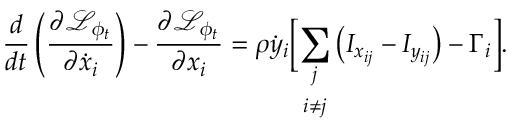
\frac { d } { d t } \left( \frac { \partial \mathcal { L } _ { \phi _ { t } } } { \partial \dot { x } _ { i } } \right) - \frac { \partial \mathcal { L } _ { \phi _ { t } } } { \partial x _ { i } } = \rho \dot { y } _ { i } \biggr [ \underset { i \neq j } { \sum _ { j } } \left( I _ { x _ { i j } } - I _ { y _ { i j } } \right) - \Gamma _ { i } \biggr ] .